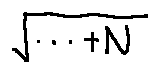
\sqrt { \cdots + N }